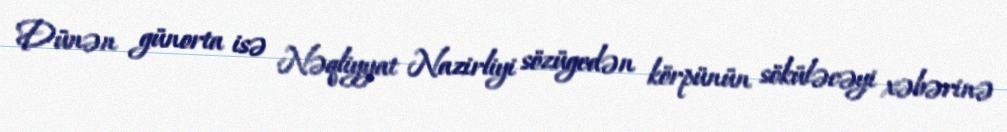
Dünən günorta isə Nəqliyyat Nazirliyi sözügedən körpünün söküləcəyi xəbərinə